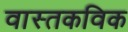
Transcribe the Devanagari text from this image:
वास्तकविक